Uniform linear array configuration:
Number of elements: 8
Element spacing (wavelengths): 0.5
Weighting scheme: binomial
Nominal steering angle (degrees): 45
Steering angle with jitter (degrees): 43.187
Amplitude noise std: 0.05
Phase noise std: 0.05

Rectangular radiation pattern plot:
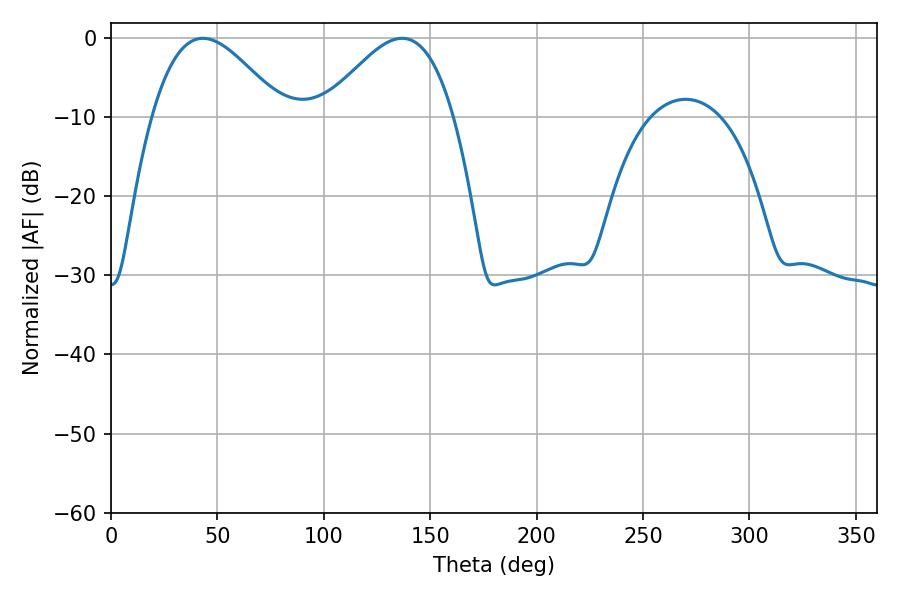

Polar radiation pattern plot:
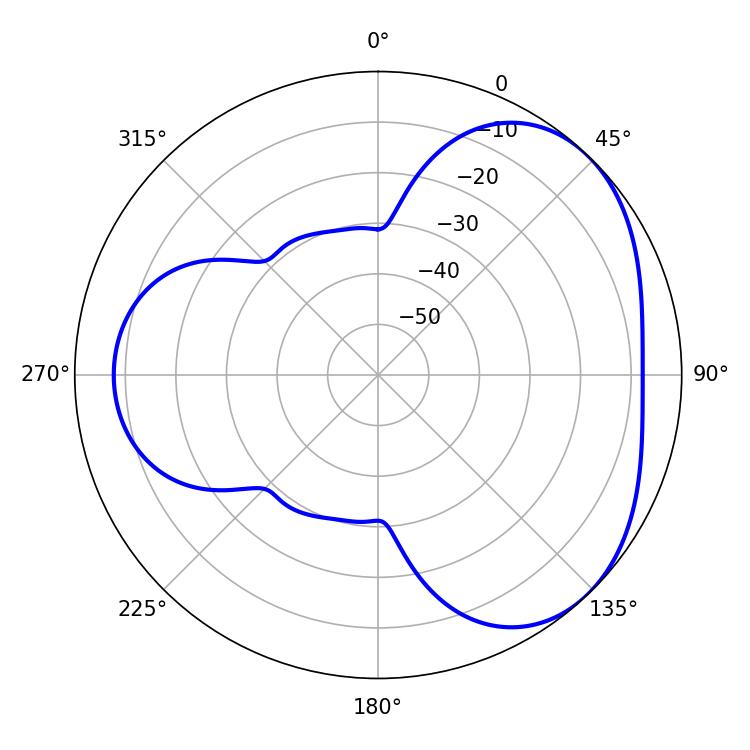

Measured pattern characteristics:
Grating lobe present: FALSE
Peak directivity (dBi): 3.82
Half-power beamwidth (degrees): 32.94
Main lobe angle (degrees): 43.2